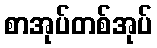
စာအုပ်တစ်အုပ်